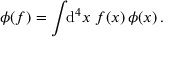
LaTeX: \phi ( f ) = \int \! \! \mathrm { d } ^ { 4 } x \, \, f ( x ) \, \phi ( x ) \, .